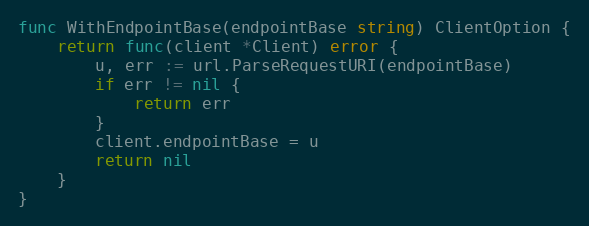
Language: Go
func WithEndpointBase(endpointBase string) ClientOption {
	return func(client *Client) error {
		u, err := url.ParseRequestURI(endpointBase)
		if err != nil {
			return err
		}
		client.endpointBase = u
		return nil
	}
}